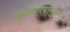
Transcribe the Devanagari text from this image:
प्रमाणपत्रानुसार